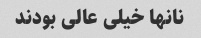
نانها خیلی عالی بودند